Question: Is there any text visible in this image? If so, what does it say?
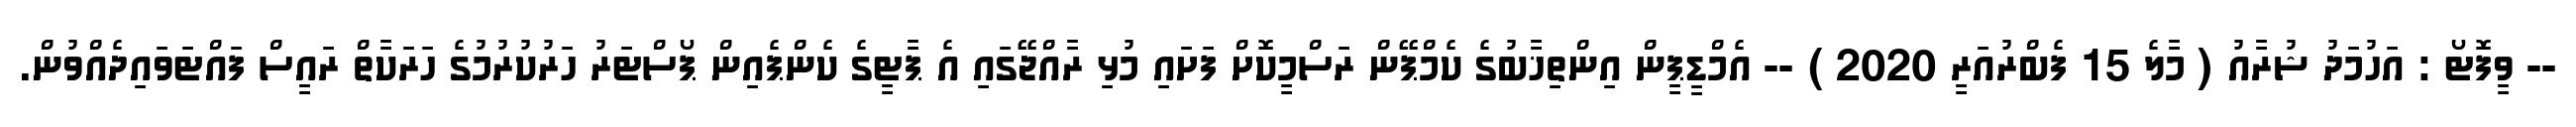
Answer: -- ވީފޮޓޯ : އަހުމަދު ޝުރާއު ( މާލެ 15 ފެބްރުއަރީ 2020 ) -- އެމްޑީޕީން އިންތިޚާބުގެ ކެމްޕޭން ރަސްމީކޮށް ފަށައި މުޅި ރާއްޖޭގައި އެ ޕާޓީގެ ކެންޕެއިން ޕޯސްޓަރު ހަރުކުރުމުގެ ހަރަކާތް ރައީސް ފައްޓަވައިދެއްވުން.